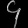
Digit: ၄